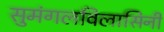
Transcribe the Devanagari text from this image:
सुमंगलविलासिनी